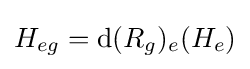
H_{eg}=\mathrm {d} (R_{g})_{e}(H_{e})